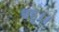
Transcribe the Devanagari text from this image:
बहू।।